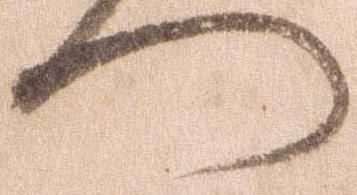
つ